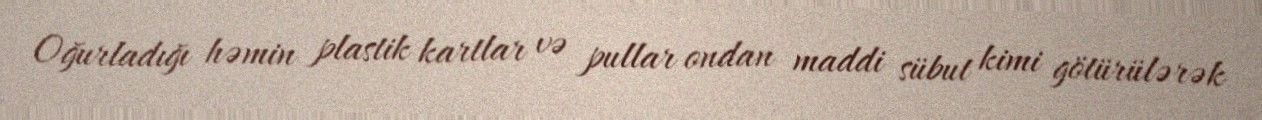
Oğurladığı həmin plastik kartlar və pullar ondan maddi sübut kimi götürülərək